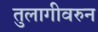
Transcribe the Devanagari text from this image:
तुलागीवरुन